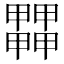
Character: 𤳵